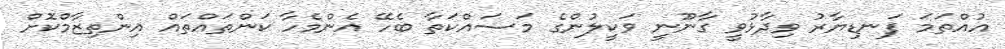
އުއްތަމަ ފަނޑިޔާރު ވިދާޅުވީ ގާނޫނީ ވަކީލުންގެ މަސައްކަތާ ބެހޭ އެންމެހާ ކަންތައްތައް އިންތިޒާމްކޮށް